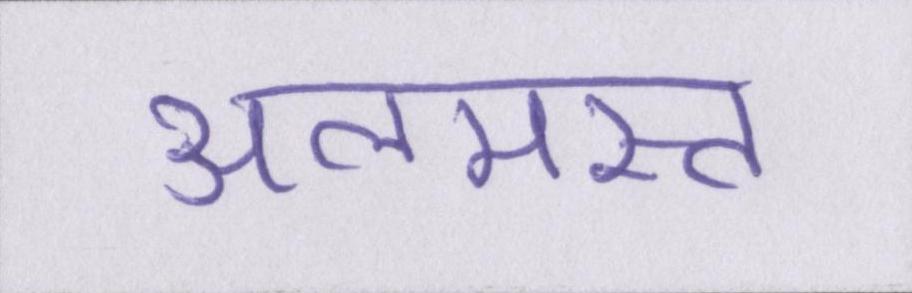
अलमस्त